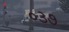
૦૩૭